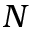
N